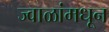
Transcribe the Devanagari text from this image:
ज्वाळांमधून